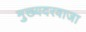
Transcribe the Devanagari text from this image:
मुख्यदरवाजा